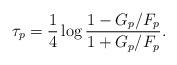
LaTeX: \begin{align*}\tau_p=\frac{1}{4}\log \frac{1-G_p/F_p}{1+G_p/F_p}.\end{align*}